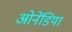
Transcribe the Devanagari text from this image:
ओनेंडिया